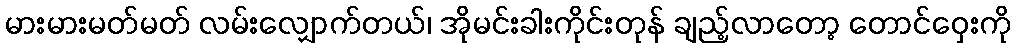
မားမားမတ်မတ် လမ်းလျှောက်တယ်၊ အိုမင်းခါးကိုင်းတုန် ချည့်လာတော့ တောင်ဝှေးကို